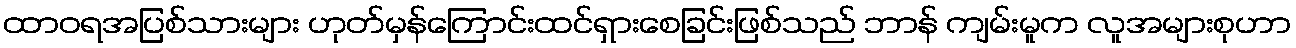
ထာဝရအပြစ်သားများ ဟုတ်မှန်ကြောင်းထင်ရှားစေခြင်းဖြစ်သည် ဘာန် ကျမ်းမူက လူအများစုဟာ